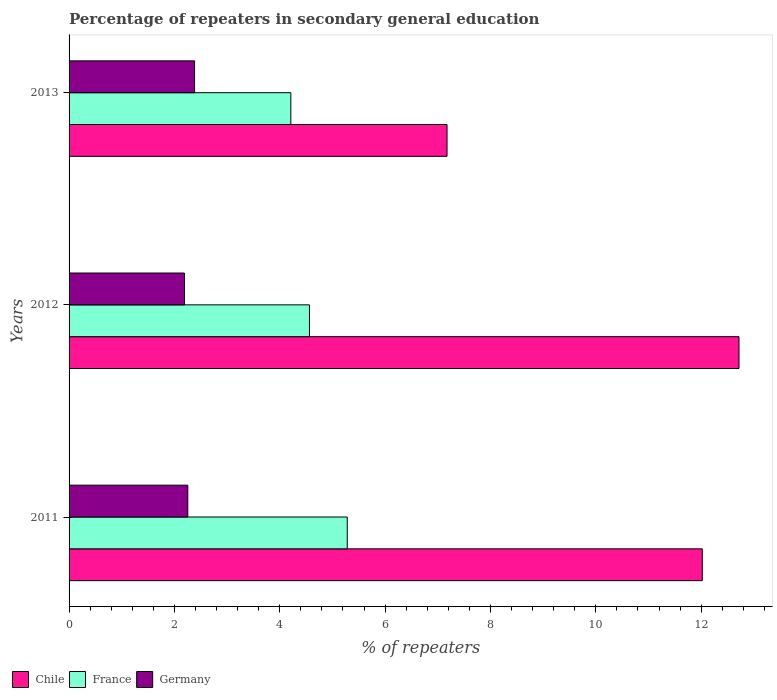
| Years | Chile | France | Germany |
 | --- | --- | --- | --- |
 | 2011 | 12 | 5.28 | 2.25 |
 | 2012 | 12.7 | 4.56 | 2.19 |
 | 2013 | 7.18 | 4.21 | 2.38 |